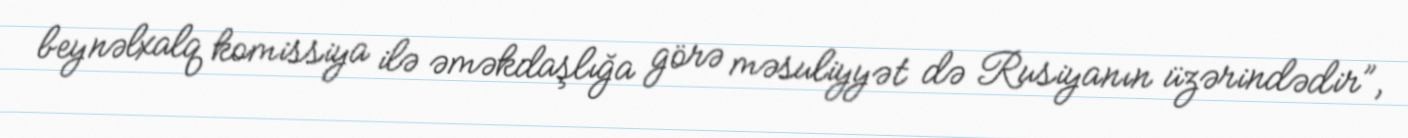
beynəlxalq komissiya ilə əməkdaşlığa görə məsuliyyət də Rusiyanın üzərindədir”,